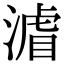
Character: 𭱼